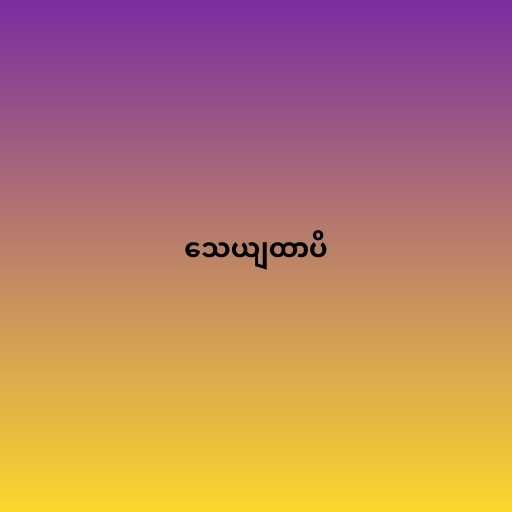
သေယျထာပိ